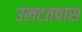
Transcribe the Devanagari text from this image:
उलटतपास